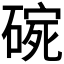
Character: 𱴣